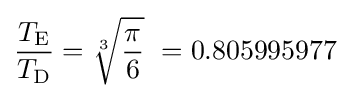
{T_{\rm {E}} \over T_{\rm {D}}}={\sqrt[{3}]{\pi  \over 6}}\ =0.805995977